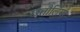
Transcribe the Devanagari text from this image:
छतौलियाँ